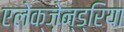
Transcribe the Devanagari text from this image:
एलेक्ज़ेन्ड्रिया